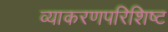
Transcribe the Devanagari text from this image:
व्याकरणपरिशिष्ट